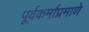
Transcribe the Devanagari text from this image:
पूर्वकर्माप्रमाणे